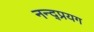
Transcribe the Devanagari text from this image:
नन्द्प्रयग